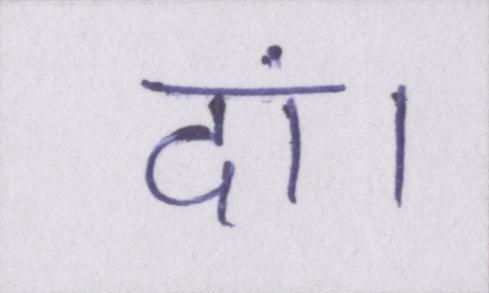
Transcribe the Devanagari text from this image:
दां।